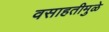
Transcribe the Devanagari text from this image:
वसाहतीमुळे